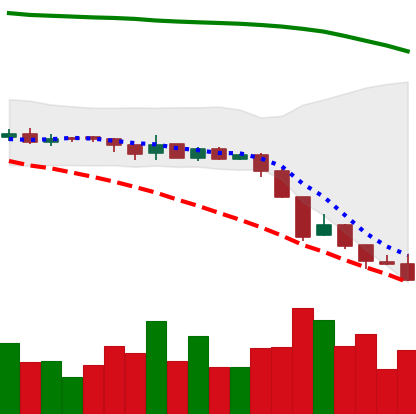
Ticker: XRP-USD
Chart end date: 2018-08-13
Forward return: 17.888%
Label: up_7plus